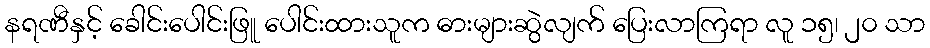
နရဏီနှင့် ခေါင်းပေါင်းဖြူ ပေါင်းထားသူက ဓားများဆွဲလျက် ပြေးလာကြရာ လူ ၁၅၊ ၂၀ သာ